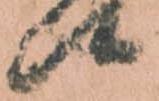
候